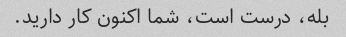
بله، درست است، شما اکنون کار دارید.